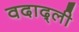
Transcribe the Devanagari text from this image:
वदाद्ली